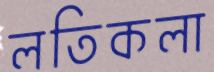
লতিকলা